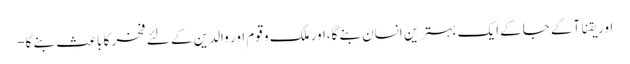
اور یقنا آگے جاکے ایک بہترین انسان بنے گا،اور ملک و قوم اور والدین کے لئے فخر کا باعث بنے گا-